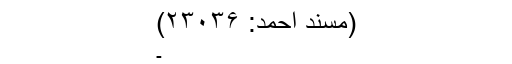
(مسند احمد: ۲۳۰۳۶)
۔